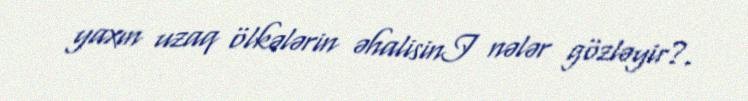
yaxın uzaq ölkələrin əhalisinI nələr gözləyir?.